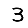
Digit: 3